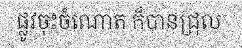
ផ្លូវចុះចំណោត ក៏បានជ្រុល